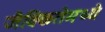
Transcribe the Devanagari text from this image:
जैविकतेमध्ये